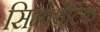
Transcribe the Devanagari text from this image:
सिम्पेथैटिक